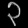
Digit: ၃